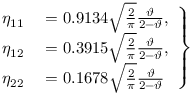
\begin{array} { r } { \left. \begin{array} { r l } { \eta _ { 1 1 } } & { { } = 0 . 9 1 3 4 \sqrt { \frac { 2 } { \pi } } \frac { \vartheta } { 2 - \vartheta } , } \\ { \eta _ { 1 2 } } & { { } = 0 . 3 9 1 5 \sqrt { \frac { 2 } { \pi } } \frac { \vartheta } { 2 - \vartheta } , } \\ { \eta _ { 2 2 } } & { { } = 0 . 1 6 7 8 \sqrt { \frac { 2 } { \pi } } \frac { \vartheta } { 2 - \vartheta } } \end{array} \right\} } \end{array}